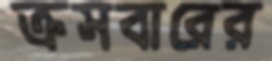
ক্রসবারের